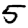
Digit: 5